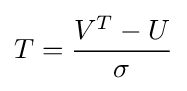
T={V^{T}-U \over {\sigma }}